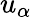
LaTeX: u_{\alpha}